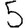
Digit: 5